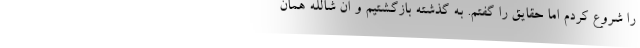
را شروع کردم اما حقایق را گفتم. به گذشته بازگشتیم و ان شالله همان